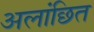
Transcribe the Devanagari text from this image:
अलांछित